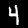
Digit: 4